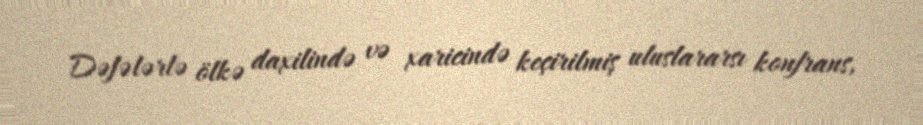
Dəfələrlə ölkə daxilində və xaricində keçirilmiş uluslararsı konfrans,